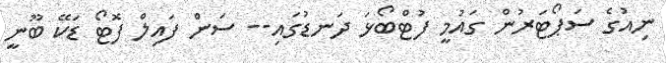
ނިއުގެ ސަޕޯޓަރުން ގައުމީ ފުޓްބޯޅަ ދަނޑުގައި-- ސަން ފައިލް ފޮޓޯ ޑަކޭ ބޫނީ